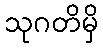
သုဂတိမှိ